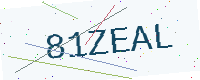
Text: 81ZEAL